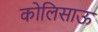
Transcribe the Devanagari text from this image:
कोलिसाऊ